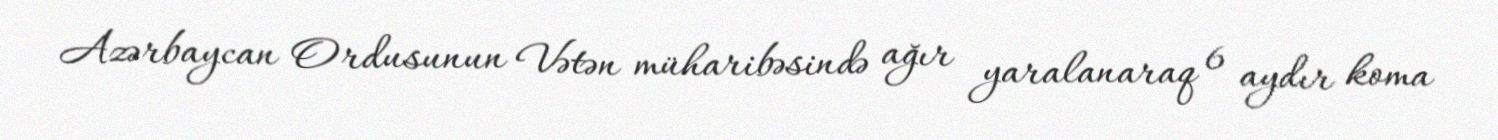
Azərbaycan Ordusunun Vətən müharibəsində ağır yaralanaraq 6 aydır koma